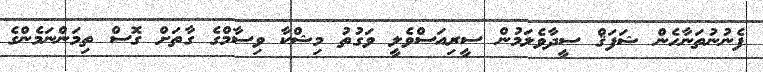
ފެނުނުތަނާހެން ޝަފަޤް ސީދާވެލަމުން ސީރިއަސްވެލީ ވަގުތު މިޝްކާ ވިސާމްގެ ގާތަށް ގޮސް ތިމަންނަމެންގެ